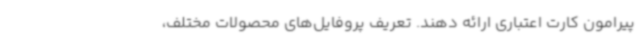
پیرامون کارت اعتباری ارائه ‌دهند. تعریف پروفایل‌های محصولات مختلف،